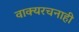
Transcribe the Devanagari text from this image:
वाक्यरचनाही